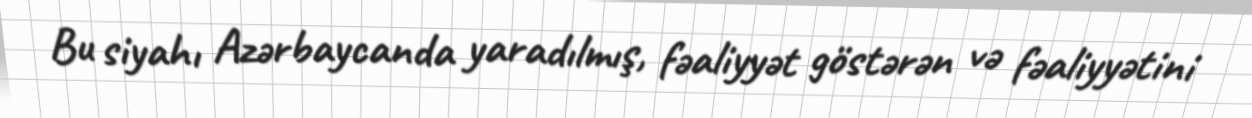
Bu siyahı Azərbaycanda yaradılmış, fəaliyyət göstərən və fəaliyyətini